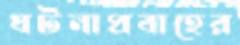
ঘটনাপ্রবাহের